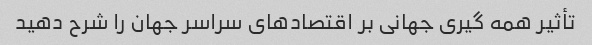
تأثیر همه گیری جهانی بر اقتصادهای سراسر جهان را شرح دهید